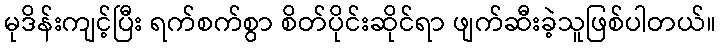
မုဒိန်းကျင့်ပြီး ရက်စက်စွာ စိတ်ပိုင်းဆိုင်ရာ ဖျက်ဆီးခဲ့သူဖြစ်ပါတယ်။